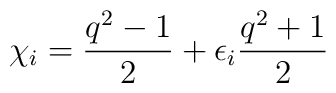
\chi_{i}=\frac{q^2-1}{2}+\epsilon_{i}\frac{q^2+1}{2}\\[2mm]